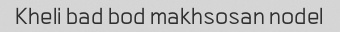
Kheli bad bod makhsosan nodel